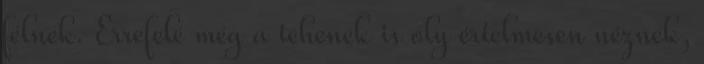
félnek. Errefelé még a tehenek is oly értelmesen néznek,